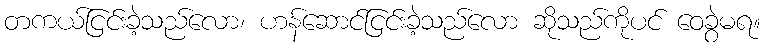
တကယ်ငြင်းခဲ့သည်လော၊ ဟန်ဆောင်ငြင်းခဲ့သည်လော ဆိုသည်ကိုပင် ဝေခွဲမရ။